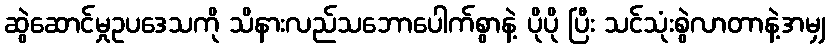
ဆွဲဆောင်မှုဥပဒေသကို သိနားလည်သဘောပေါက်စွာနဲ့ ပိုပို ပြီး သင်သုံးစွဲလာတာနဲ့အမျှ